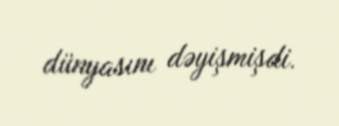
dünyasını dəyişmişdi.